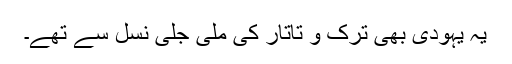
یہ یہودی بھی ترک و تاتار کی ملی جلی نسل سے تھے۔